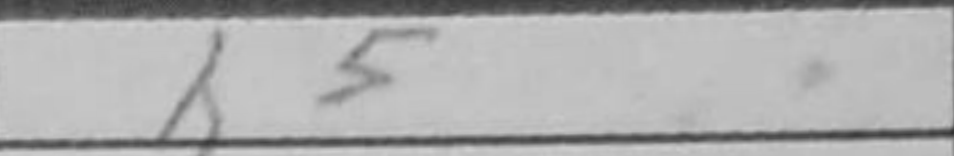
Transcription: h5